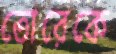
তোরেকে